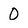
Character: 0